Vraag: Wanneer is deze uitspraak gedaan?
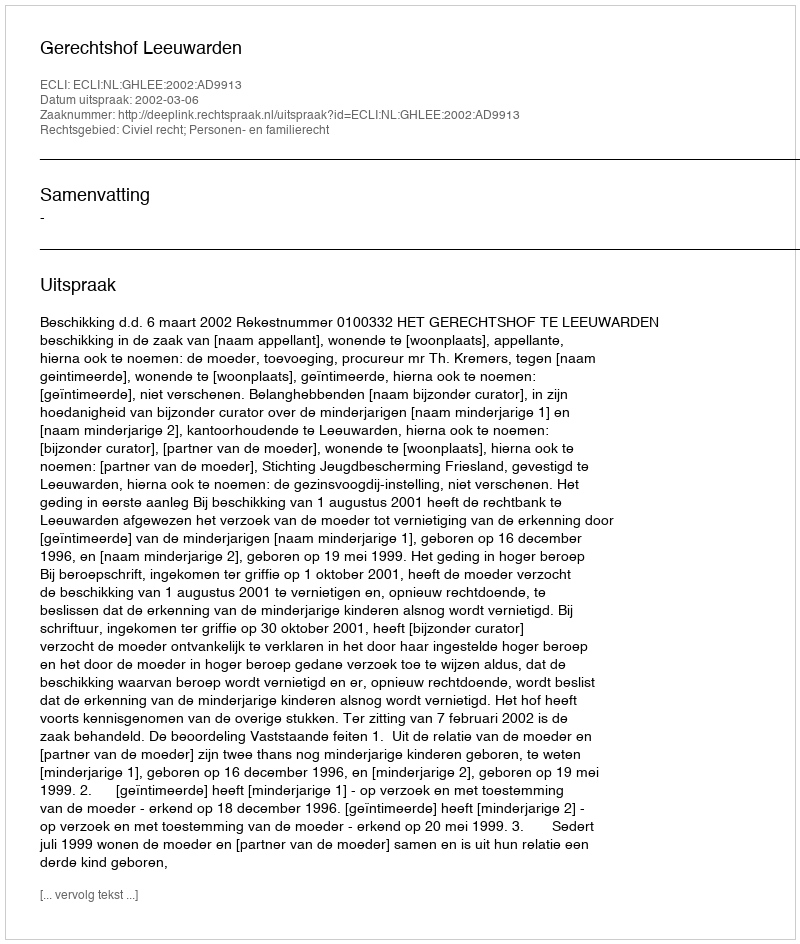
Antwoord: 2002-03-06